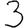
Digit: 3